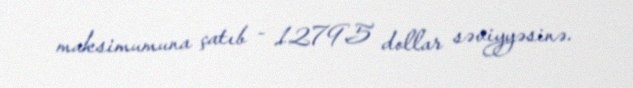
maksimumuna çatıb - 1279.5 dollar səviyyəsinə.